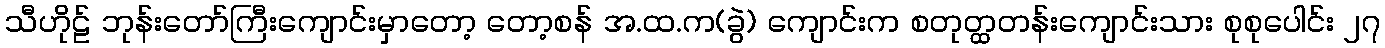
သီဟိုဠ် ဘုန်းတော်ကြီးကျောင်းမှာတော့ တော့စန် အ.ထ.က(ခွဲ) ကျောင်းက စတုတ္ထတန်းကျောင်းသား စုစုပေါင်း ၂၇